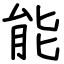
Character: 能